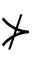
\nsucc